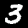
Digit: 3